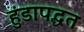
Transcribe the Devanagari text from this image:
हुंडापद्धत